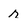
Character: r